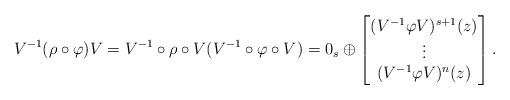
\begin{align*} V^{-1}(\rho\circ \varphi) V=V^{-1}\circ\rho\circ V( V^{-1}\circ \varphi \circ V)=0_s\oplus \begin{bmatrix}(V^{-1}\varphi V)^{s+1}(z) \\\vdots \\(V^{-1}\varphi V)^n(z)\\\end{bmatrix}.\end{align*}